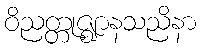
ဝိညတ္တုဇ္ဈာနသညိနာ